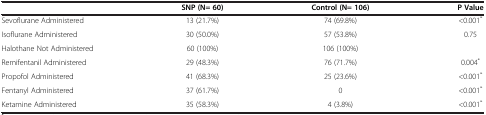
|  | SNP (N= 60) | Control (N= 106) | P Value |
 | --- | --- | --- | --- |
 | Sevoflurane Administered | 13 (21.7%) | 74 (69.8%) | <0.001* |
 | Isoflurane Administered | 30 (50.0%) | 57 (53.8%) | 0.75 |
 | Halothane Not Administered | 60 (100%) | 106 (100%) |  |
 | Remifentanil Administered | 29 (48.3%) | 76 (71.7%) | 0.004* |
 | Propofol Administered | 41 (68.3%) | 25 (23.6%) | <0.001* |
 | Fentanyl Administered | 37 (61.7%) | 0 | <0.001* |
 | Ketamine Administered | 35 (58.3%) | 4 (3.8%) | <0.001* |